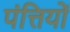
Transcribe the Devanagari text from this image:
पंत्तियों